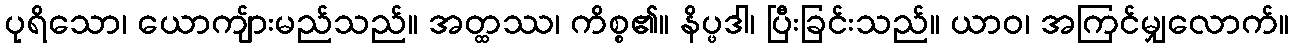
ပုရိသော၊ ယောကျ်ားမည်သည်။ အတ္ထဿ၊ ကိစ္စ၏။ နိပ္ဖဒါ၊ ပြီးခြင်းသည်။ ယာဝ၊ အကြင်မျှလောက်။